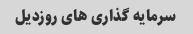
سرمایه گذاری های روزدیل